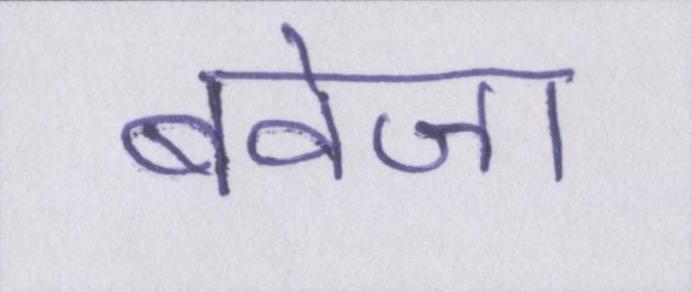
बवेजा